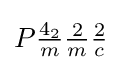
P{\tfrac {4_{2}}{m}}{\tfrac {2}{m}}{\tfrac {2}{c}}